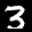
Label: 3